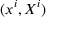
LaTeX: ( x ^ { i } , X ^ { i } )